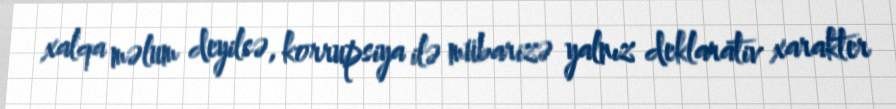
xalqa məlum deyilsə, korrupsiya ilə mübarizə yalnız deklarativ xarakter